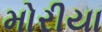
મોરીયા